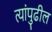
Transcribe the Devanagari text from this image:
त्यांपुढील